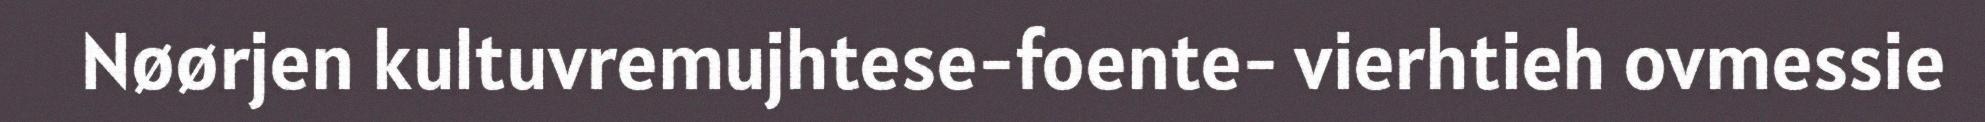
Nøørjen kultuvremujhtese-foente- vierhtieh ovmessie